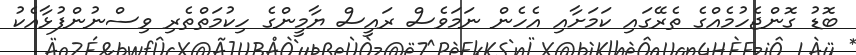
ބޮޑު ގޮންޖެހުމެއްގެ ތެރޭގައި ކަމަށާއި އެހެން ނަމަވެސް ރައީސް ޔާމީންގެ ހިކުމަތްތެރި ވިސްނުންފުޅާއެކު